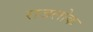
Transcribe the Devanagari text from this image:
राजलोक